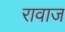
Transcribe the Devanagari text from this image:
रावाज